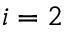
i = 2